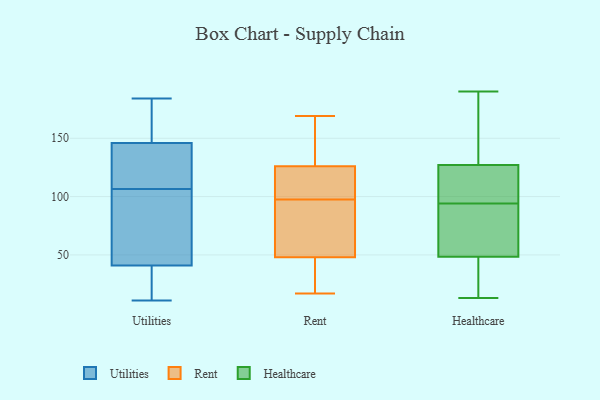
{"axis": {"x": "Customer Acquisition Cost (USD)", "y": "Value"}, "legend": ["Healthcare", "Rent", "Utilities"], "data": [{"x": "", "y": 146, "type": "Utilities"}, {"x": "", "y": 42, "type": "Utilities"}, {"x": "", "y": 106, "type": "Utilities"}, {"x": "", "y": 184, "type": "Utilities"}, {"x": "", "y": 23, "type": "Utilities"}, {"x": "", "y": 168, "type": "Utilities"}, {"x": "", "y": 107, "type": "Utilities"}, {"x": "", "y": 21, "type": "Utilities"}, {"x": "", "y": 125, "type": "Utilities"}, {"x": "", "y": 121, "type": "Utilities"}, {"x": "", "y": 168, "type": "Utilities"}, {"x": "", "y": 150, "type": "Utilities"}, {"x": "", "y": 28, "type": "Utilities"}, {"x": "", "y": 41, "type": "Utilities"}, {"x": "", "y": 82, "type": "Utilities"}, {"x": "", "y": 11, "type": "Utilities"}, {"x": "", "y": 123, "type": "Utilities"}, {"x": "", "y": 65, "type": "Utilities"}, {"x": "", "y": 132, "type": "Rent"}, {"x": "", "y": 52, "type": "Rent"}, {"x": "", "y": 84, "type": "Rent"}, {"x": "", "y": 38, "type": "Rent"}, {"x": "", "y": 123, "type": "Rent"}, {"x": "", "y": 48, "type": "Rent"}, {"x": "", "y": 126, "type": "Rent"}, {"x": "", "y": 55, "type": "Rent"}, {"x": "", "y": 169, "type": "Rent"}, {"x": "", "y": 32, "type": "Rent"}, {"x": "", "y": 117, "type": "Rent"}, {"x": "", "y": 17, "type": "Rent"}, {"x": "", "y": 158, "type": "Rent"}, {"x": "", "y": 111, "type": "Rent"}, {"x": "", "y": 96, "type": "Healthcare"}, {"x": "", "y": 118, "type": "Healthcare"}, {"x": "", "y": 129, "type": "Healthcare"}, {"x": "", "y": 44, "type": "Healthcare"}, {"x": "", "y": 13, "type": "Healthcare"}, {"x": "", "y": 92, "type": "Healthcare"}, {"x": "", "y": 190, "type": "Healthcare"}, {"x": "", "y": 19, "type": "Healthcare"}, {"x": "", "y": 177, "type": "Healthcare"}, {"x": "", "y": 55, "type": "Healthcare"}, {"x": "", "y": 125, "type": "Healthcare"}, {"x": "", "y": 53, "type": "Healthcare"}]}